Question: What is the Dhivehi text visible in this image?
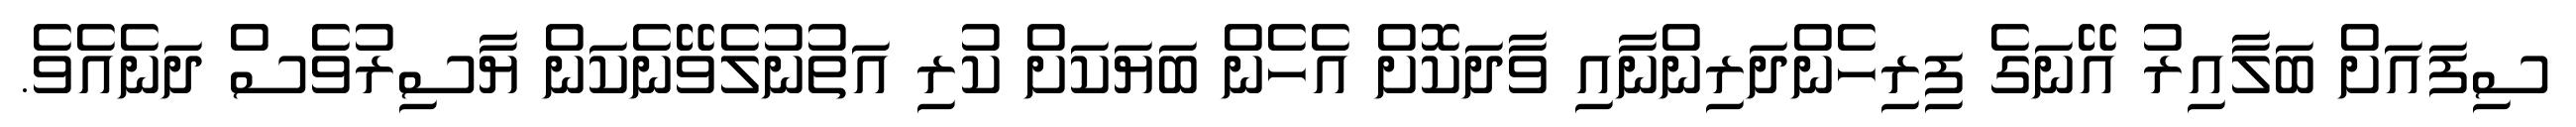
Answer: ސިފައަށް ބަލާއިރު އޭނަގެ ފިރިހެންދަރިންނާއި ވާދަކޮށް އެހެން ބަޔަކަށް ކުރި އަތުނުލެވޭނެކަން ޔާސިރުވެސް ދަނެއެވެ.